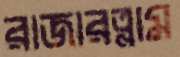
রাজারত্নাম